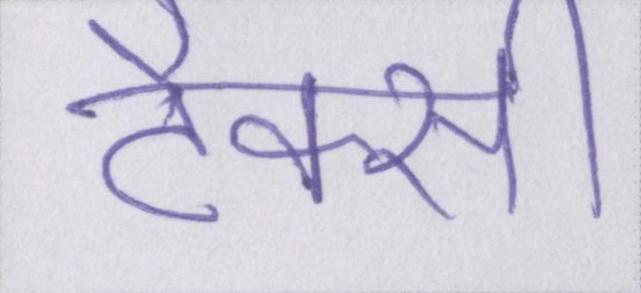
टैक्सी